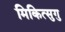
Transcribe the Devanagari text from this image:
मिकित्सुगु